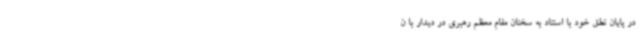
در پایان نطق خود با استناد به سخنان مقام معظم رهبری در دیدار با ن